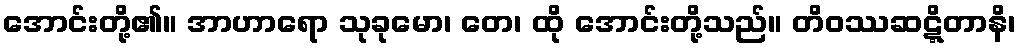
အောင်းတို့၏။ အာဟာရော သုခုမော၊ တေ၊ ထို အောင်းတို့သည်။ တိဝဿဆဋ္ဋိတာနိ၊